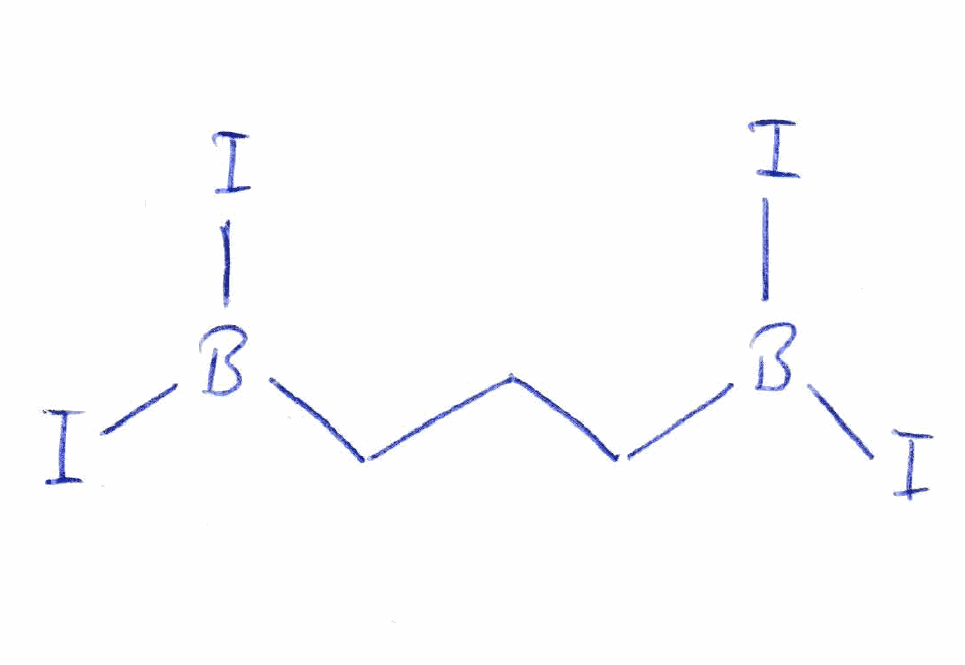
Simplified molecular-input line-entry system (SMILES) notation of the given molecule:
B(CCCB(I)I)(I)I